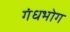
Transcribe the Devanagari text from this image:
गंधभोग